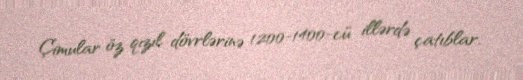
Çimular öz qızıl dövrlərinə 1200-1400-cü illərdə çatıblar.